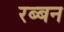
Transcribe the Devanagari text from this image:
रब्बन